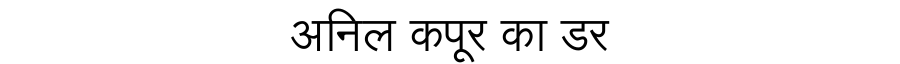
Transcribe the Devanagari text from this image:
अनिल कपूर का डर